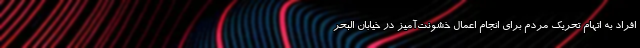
افراد به اتهام تحریک مردم برای انجام اعمال خشونت‌آمیز در خیابان البحر